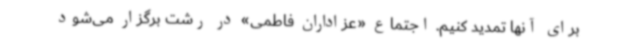
برای آنها تمدید کنیم. اجتماع «عزاداران فاطمی» در رشت برگزار می‌شود